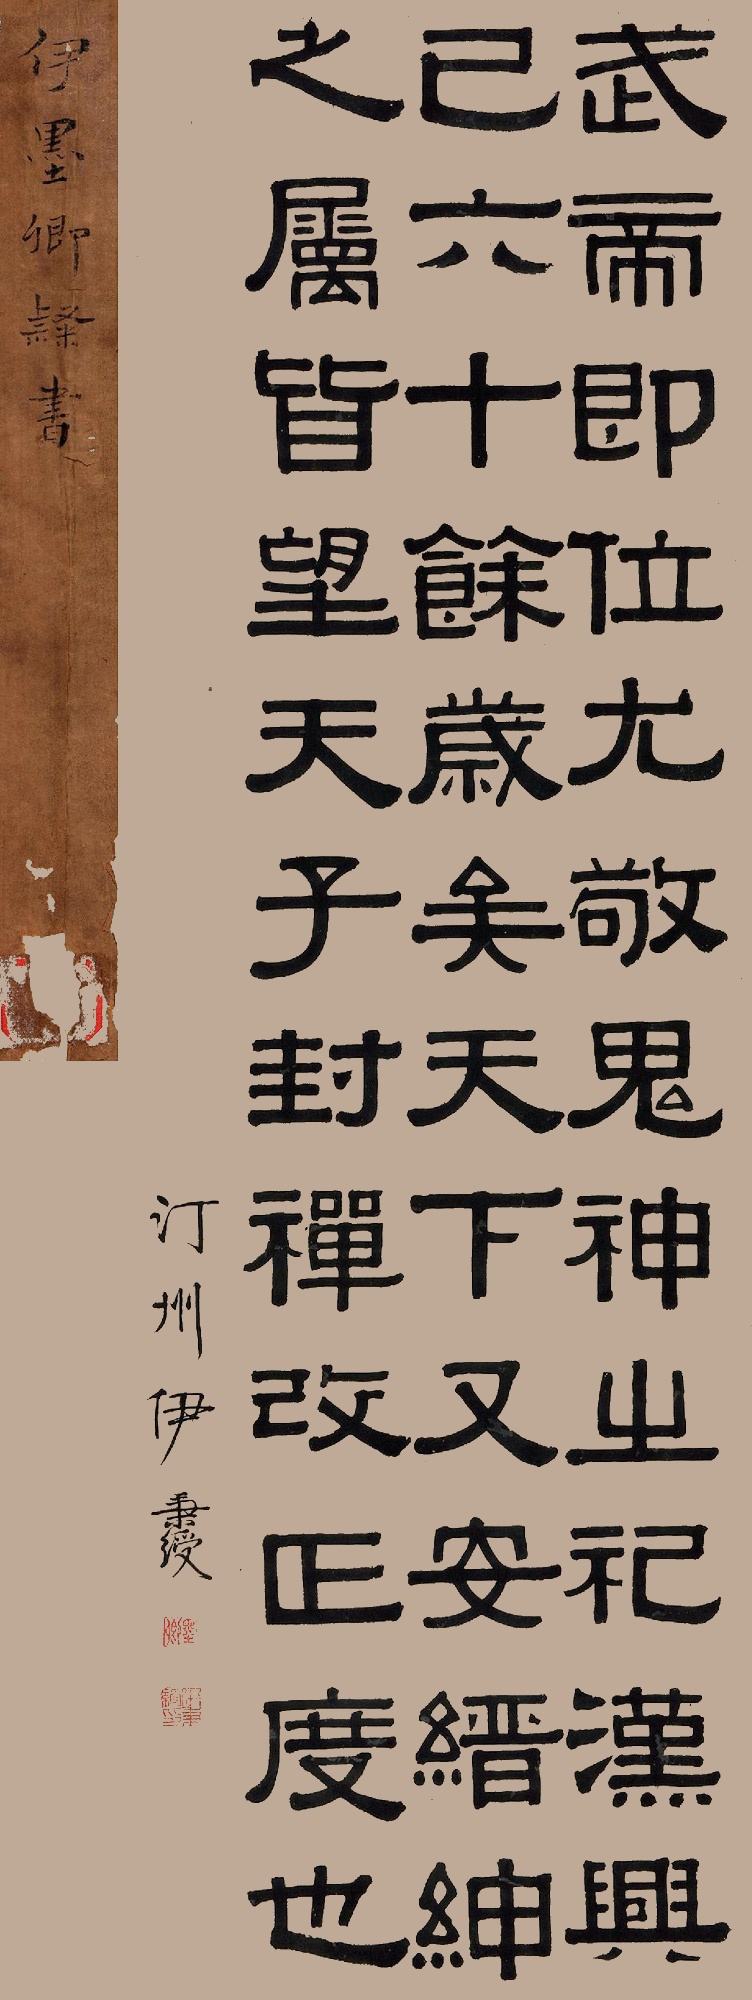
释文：武帝即位，尤敬鬼神之祀，汉兴已六十余岁矣！天下又安缙绅之属，皆望天子封禅改正度也。汀州伊秉绶。